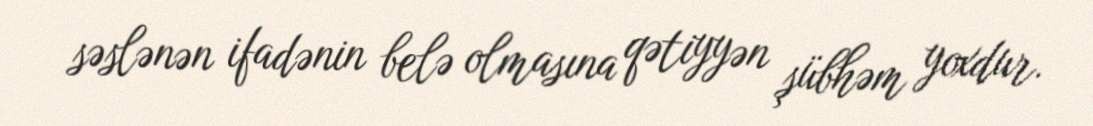
səslənən ifadənin belə olmasına qətiyyən şübhəm yoxdur.